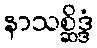
နာသစ္ဆိဒ္ဒံ